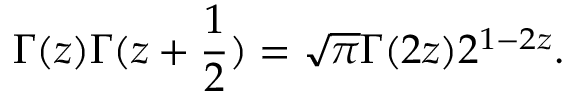
\Gamma ( z ) \Gamma ( z + \frac 1 2 ) = \sqrt { \pi } \Gamma ( 2 z ) 2 ^ { 1 - 2 z } .